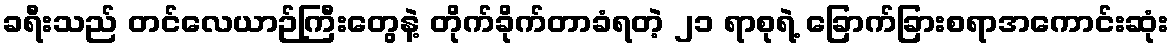
ခရီးသည် တင်လေယာဉ်ကြီးတွေနဲ့ တိုက်ခိုက်တာခံရတဲ့ ၂၁ ရာစုရဲ့ ခြောက်ခြားစရာအကောင်းဆုံး